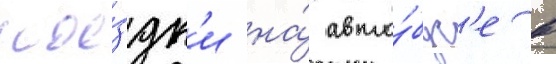
пое́здк'и на́ авто́бус'е в